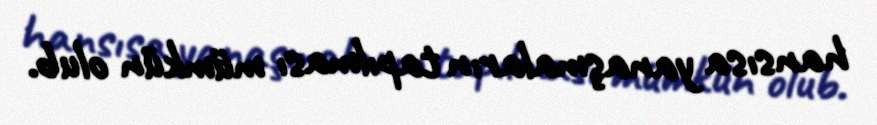
hansısa yanaşmaların tapılması mümkün olub.